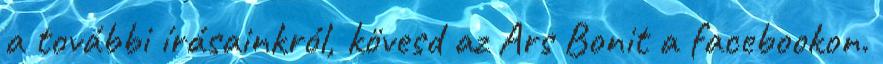
a további írásainkról, kövesd az Ars Bonit a facebookon.